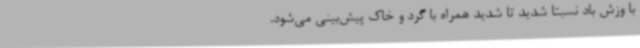
با وزش باد نسبتاً شدید تا شدید همراه با گرد و خاک پیش‌بینی می‌شود.